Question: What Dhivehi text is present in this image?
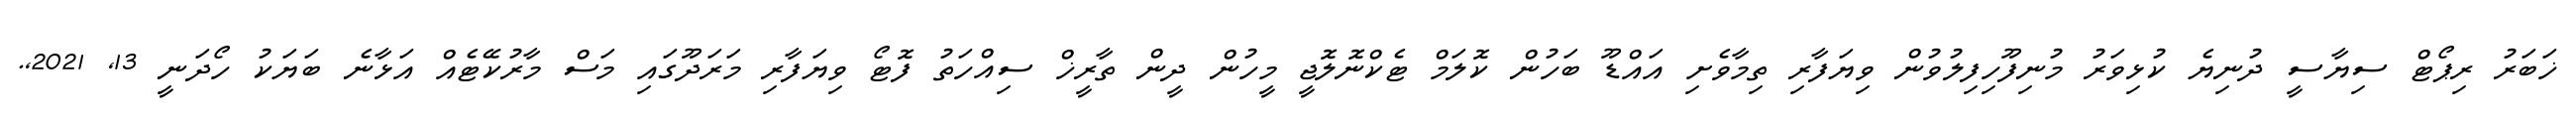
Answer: ޚަބަރު ރިޕޯޓް ސިޔާސީ ދުނިޔެ ކުޅިވަރު މުނިފޫހިފިލުވުން ވިޔަފާރި ތިމާވެށި އައްޑޫ ބަހުން ކޮލަމް ޓެކްނޮލޮޖީ މީހުން ދީން ތާރީޚް ސިއްހަތު ފޮޓޯ ވިޔަފާރި މަރަދޫގައި މަސް މާރުކޭޓެއް އަޅާނެ ބަޔަކު ހޯދަނީ 13, 2021,.